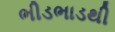
ભીડભાડથી